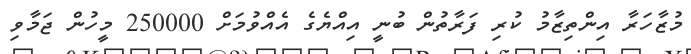
މުޒާހަރާ އިންތިޒާމު ކުރި ފަރާތުން ބުނީ އިއްޔެގެ އެއްވުމަށް 250000 މީހުން ޖަމާވި